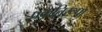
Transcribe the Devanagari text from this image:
प्रकृतिरूपा